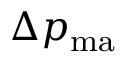
\Delta p _ { \mathrm { m a } }